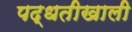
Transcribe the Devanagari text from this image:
पद्धतीखाली